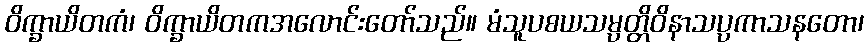
ဝိက္ခာယိတကံ၊ ဝိက္ခာယိတကအလောင်းတော်သည်။ မံသူပစယသမ္ပတ္တိဝိနာသပ္ပကာသနတော၊